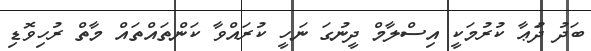
ބަދު ދުަޢާ ކުރުމަކީ އިސްލާމް ދީނުގަ ނަހީ ކުރައްވާ ކަންތައްތައް މާތް ރުހިވޮޑި